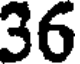
36